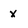
Character: x